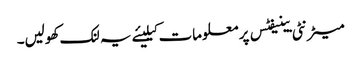
میٹرنٹی بینیفٹس پر معلومات کیلیئے یہ لنک کھولیں۔